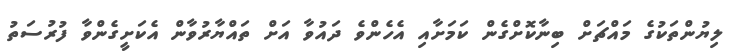
ލިޔުންތަކުގެ މައްޗަށް ބިނާކޮށްގެން ކަމަށާއި އެހެންވެ ދައުވާ އަށް ތައްޔާރުވާން އެކަށީގެންވާ ފުރުސަތު